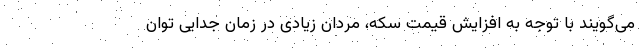
می‌گویند با توجه به افزایش قیمت سکه، مردان زیادی در زمان جدایی توان